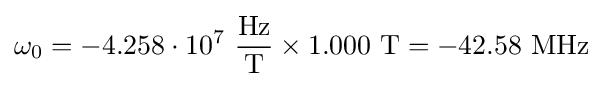
\omega _{0}=-4.258\cdot 10^{7}~{\frac {\text{Hz}}{\text{T}}}\times 1.000~{\text{T}}=-42.58~{\text{MHz}}